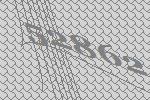
52862